Document type: Emphyteutic lease
Year: 1316
Scribe: Guillem de Vila
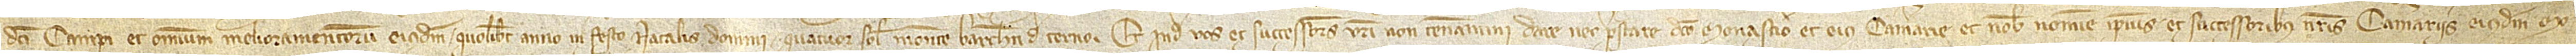
dicti campi et omnium melioramentorum eiusdem quolibet anno in festo Natalis Domini quatuor solidos monete Barchinone de terno.  Et inde vos et successores vestri non teneamini dare nec prestare dicto monasterio et eius camerarie et nobis nomine ipsius et successoribus nostris camerariis eiusdem mo-